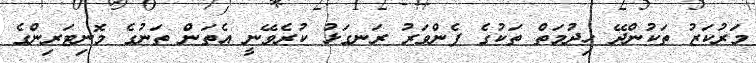
މަރުކަޒު ތަކުންދޭ ހިދުމަތް ތަކުގެ ފެންވަރު ރަނގަޅު ކުރެވޭނީ އެތަން ތަނުގެ މޮނިޓަރިންގެ